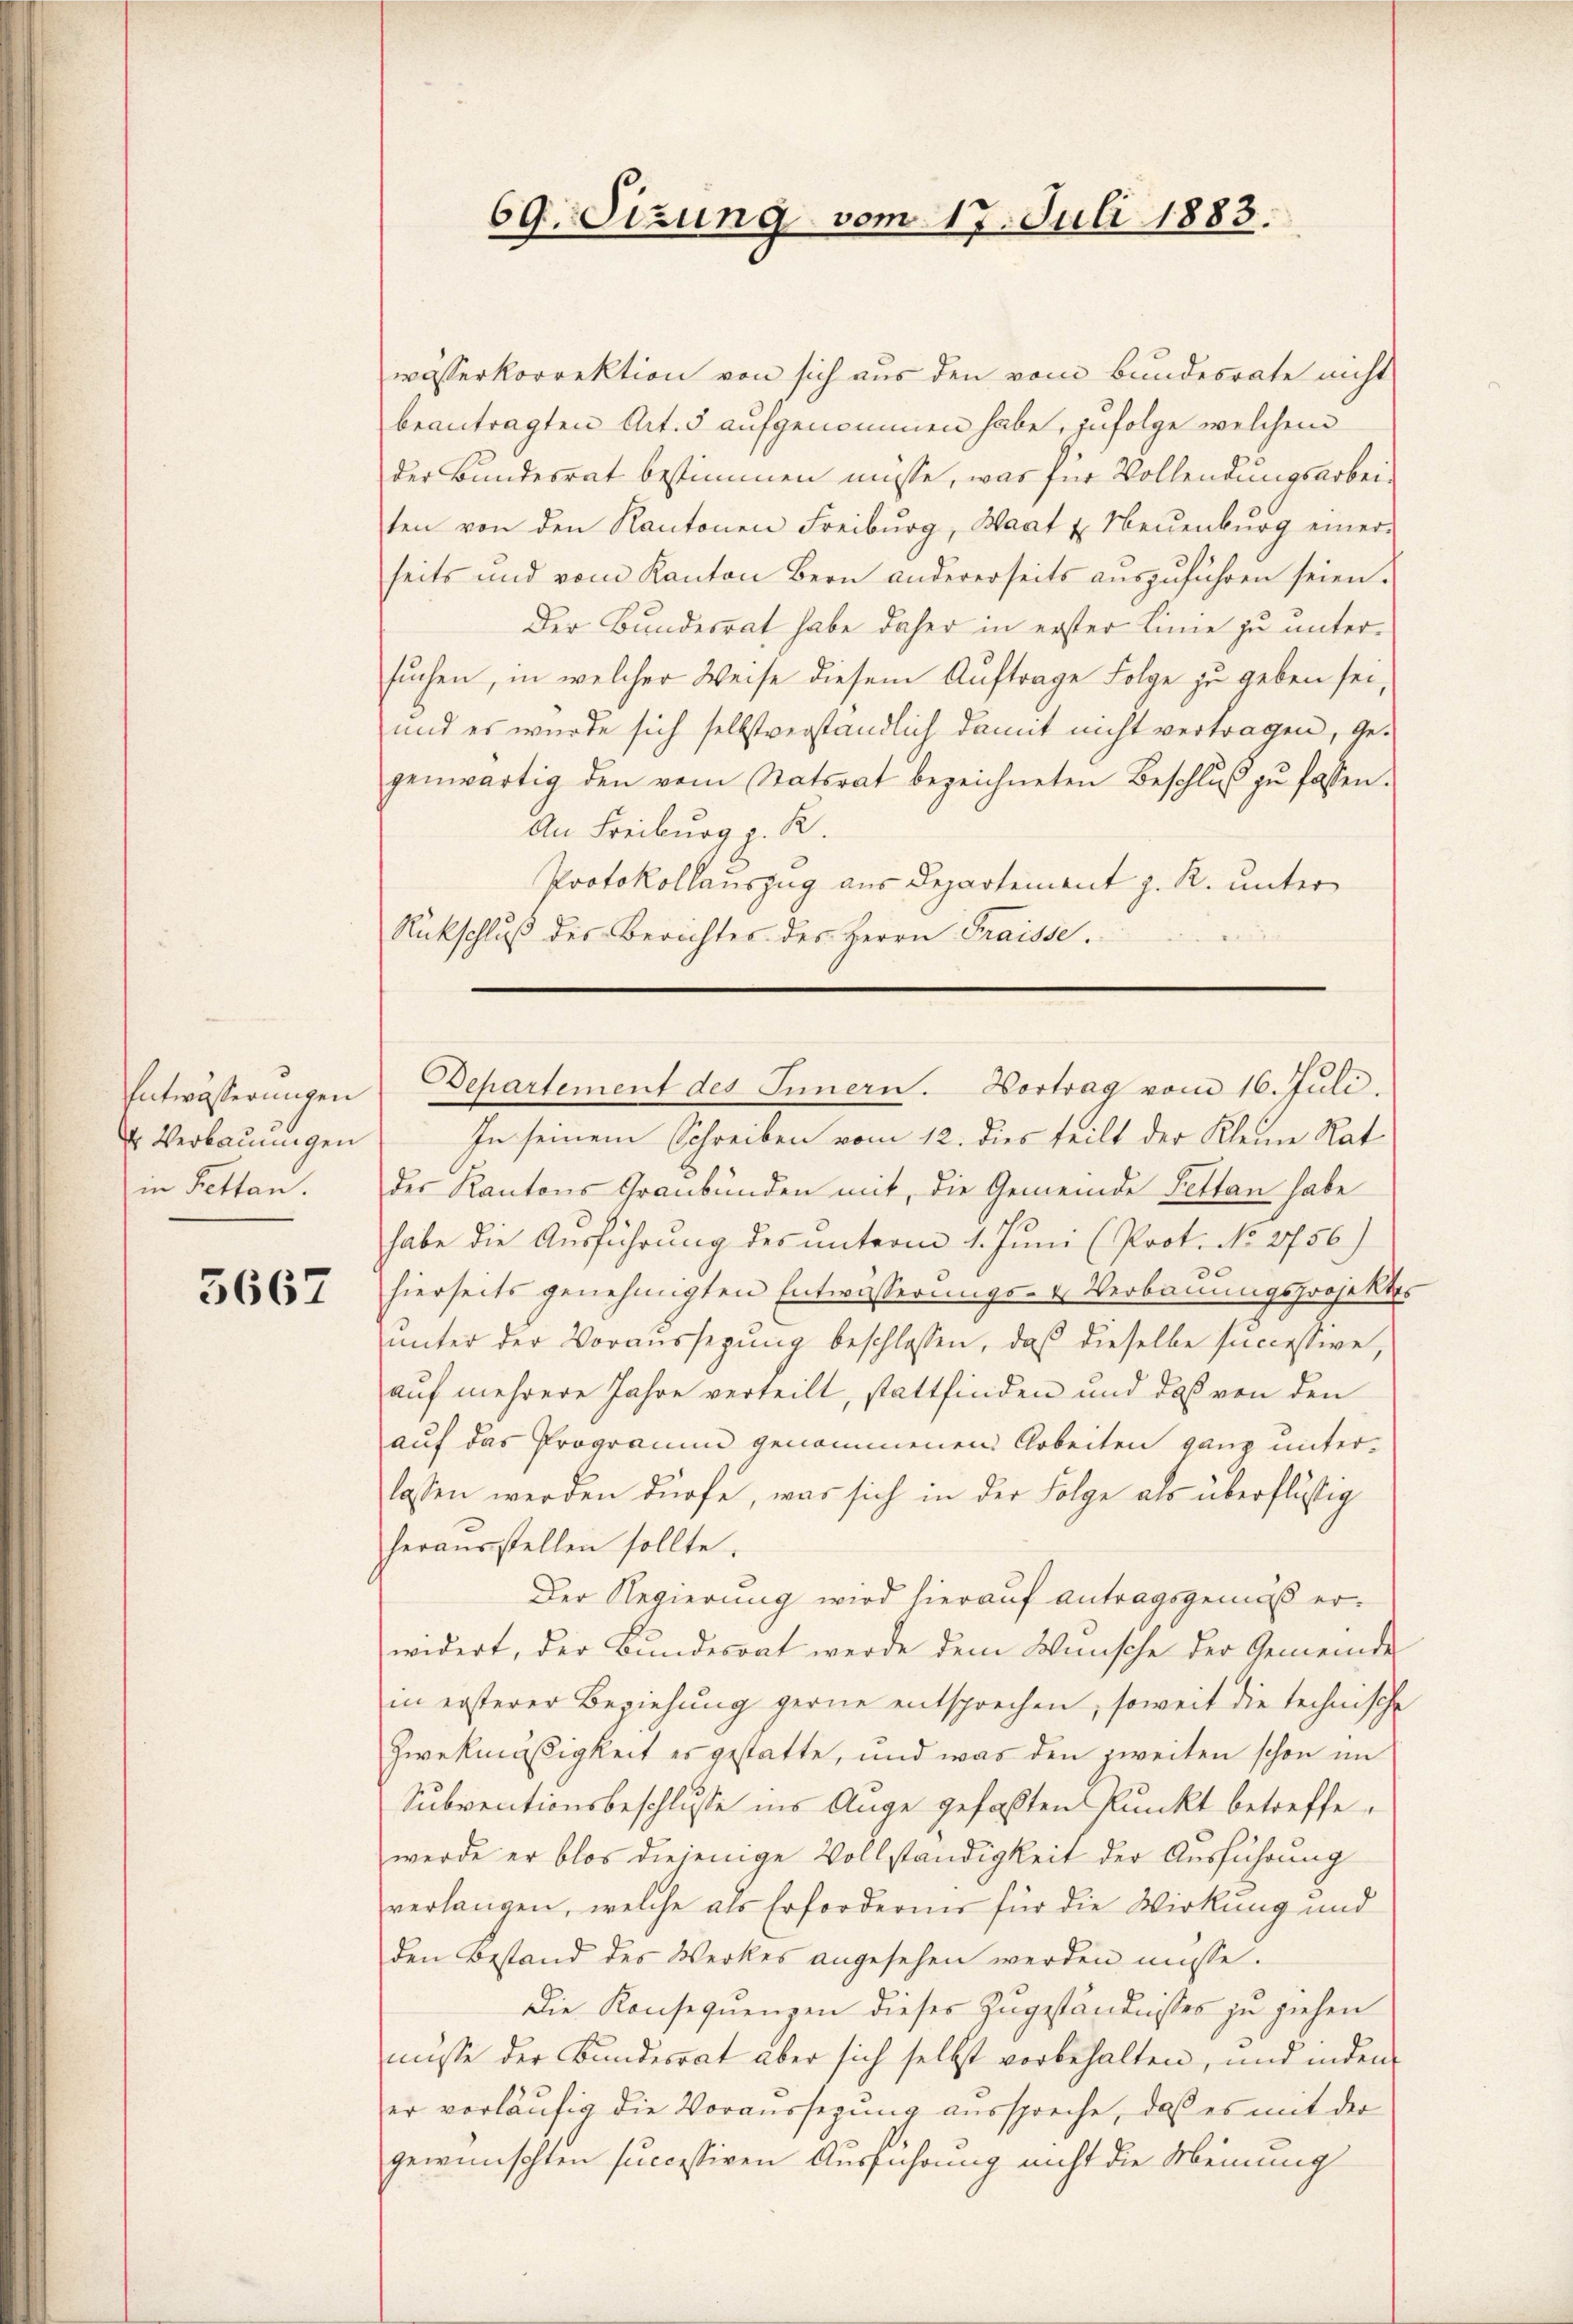
Entwässerungen
4 Verbauungen
in Bettan.

5667

wässerkorrektion von sich aus den vom Bundesrate nicht
beantragten Art. 5 aufgenommen habe, zufolge welchem
der Bundesrat bestimmen müsse, was für Vollendungsarbeiten von den Kantonen Freiburg, Waat u. Neuenburg einer
seits und vom Kanton Bern andererseits auszuführen seien.
Der Bundesrat habe daher in erster Linie zu untersuchen, in welcher Weise diesem Auftrage Folge zu geben sei,
und es wurde sich selbstverständlich damit nicht vertragen, Gegenwärtig den vom Statsrat bezeichneten Beschlŭβ zŭ fassen.
An Freiburg z. R.
Protokollauszug aus Departement z. R. unter
Rückschluß des Berichtes des Herrn Fraisse.

69. Sizung vom 17. Juli 1883.

Bepartement des Innern. Hortrag vom 16. Juli.

In seinem Schreiben vom 12. dies teilt der Kleine Rat
des Kantons Graubünden mit, die Gemeinde Pettan habe
habe die Ausführung des unterm 1. Juni (Prot. No 2756)
hierseits genehmigten Entwässerungs- & Verbauungsprojektes
ŭnter der Voraussegŭng beschlossen, daß dieselbe successive,
auf mehrere Jahre verteilt, stattfinden und daß von den
auf das Programm genommenen Arbeiten ganz unterlassen werden dürfe, was sich in der Folge als überflüssig
herausstellen sollte.
Der Regierung wird hierauf Antragsgemäß erwidert, der Bundesrat werde dem Wünsche der Gemeinde
in ersterer Beziehung gerne entsprechen, soweit die technische
Zwekmäßigkeit es gestatte, und was den zweiten schon im
Subventionsbeschlusse ins Auge gefaßten Punkt betreffewerde er blos diejenige Vollständigkeit der Ausführung
verlangen, welche als Erforderen für die Wirkung und
den Bestand des Werkes angesehen werden müsse.
Die Konsequenzen dieses Zugeständnisses zu ziehen
müsse der Bundesrat aber sich selbst vorbehalten, und inden
er vorläufig die Voraussezung ausspreche, daß es mit der
gewünschten successiven Ausführung nicht die Meinung